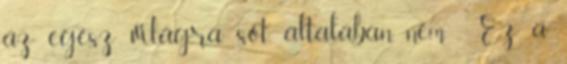
az egész világra, sőt, általában nem . Ez a